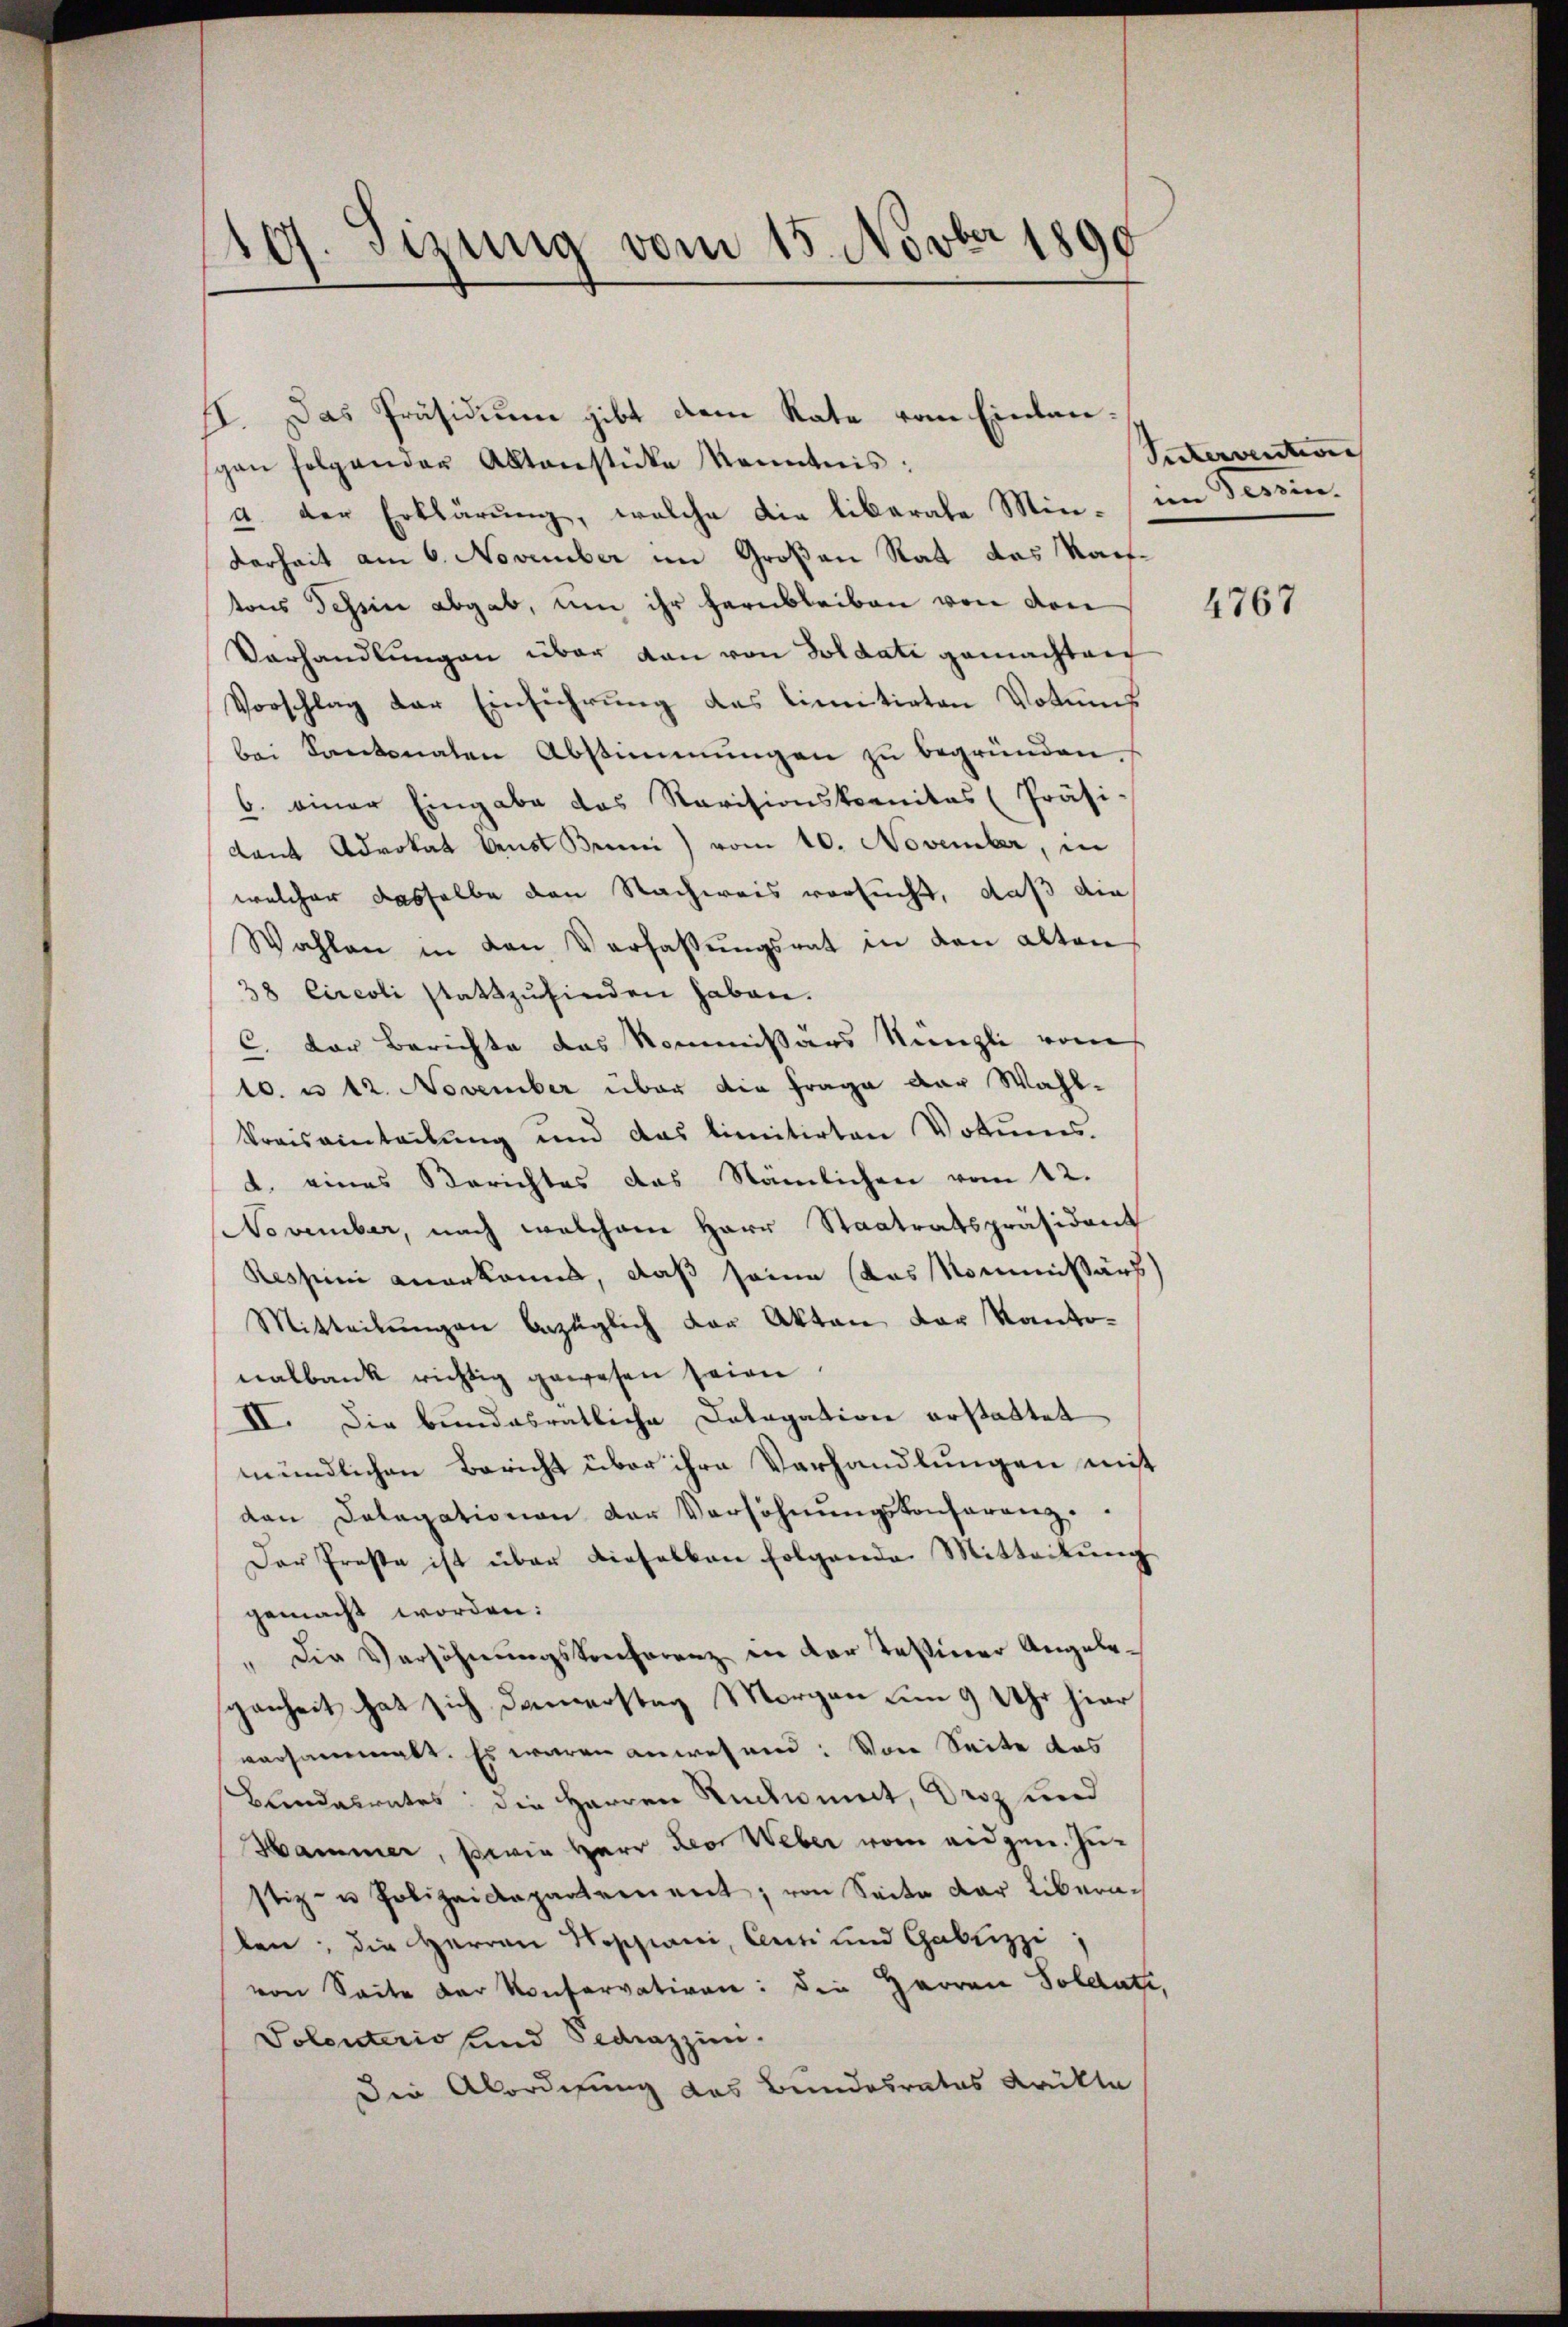
107. Sizung vom 15. Novber 1890

II. Das Präsidium gibt dem Rate vom Einlanpen folgender Aktenstücke Kenntnis:
a. der Erklärŭng, welche die liberate Min- im Tessinderheit am 6. November im Großen Rat das Nachtons Tessin abgab, um ihr herubleiben von den
Vorhandlungen über kan von Soldati gemachten
Vorschlag der Einführung des limitirten Votums
bei Kantonaten Abstimmungen zu begründen.
6. einer Eingabe das Revisionskomitas (Präsi-
dant Advokat benst Bruni) vom 10. November, in
welcher dasselbe den Nachweis versucht, daß die
Wahlen in den Verfassŭngsrat in den alten
38 Circoli stattzufinden haben.
C. Der Berichte das Kommissärs Nünzli vom
10. u 12. November über die Frage der Wahl¬
Praisainteilung und das limitirten Votums.
d. eines Berichtes das Nämlichen vom 12.
November, nach welchem Herr Staatratspräsident
Ressini anerkanns, daß seine (das Kommissärs
Mitteilungen bezüglich der Akten der Kantonalbank richtig gewesen seien.
II. Die bundesratliche Datagation erstattet
mündlichen Bericht über ihre Verhandlungen mit
den Datagationen der Versöhnungskonferenz.
Der Prose ist über dieselben folgende Mitteilŭng
gemacht worden:
" Die Versöhnungskonferenz in der Tessiner Angelegenheit hat sich Danerstag Morgen um 9 Uhr hier
versammelt. Es waren anwesend: Von Seite das
Bundalrates die Herren Rückwinnt, Droz und
Hammer, sowie Herr Leo Weber vom eidgen. Zustiz- u Polizeidepartement; von Seite der Libern.
ben; die Herren Nossiani, Centi und Gabuzzi
von Seite der Konservativen: die Herren Soldate,
Polenterio und Sedrazzini.
Die Abordnung des Bundesrates Krikte

Sutervention

4767